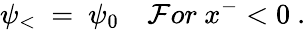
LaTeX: \psi_{<}~=~\psi_{0}~~~~\mathcal{F}or~x^{-}<0~.